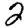
Digit: 2